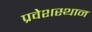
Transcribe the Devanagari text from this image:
प्रवेशस्थान